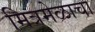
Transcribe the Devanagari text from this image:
मित्रमेळाचा